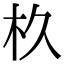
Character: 杦